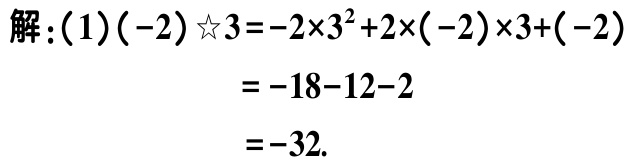
解：(1)\((-2)\star3=-2\times3^{2}+2\times(-2)\times3+(-2)\)

\(=-18 - 12 - 2\)

\(=-32\).